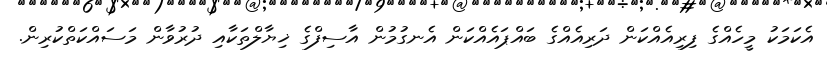
އެކަމަކު މީހެއްގެ ފިރިއެއްކަން ދަރިއެއްގެ ބައްޕައެއްކަން އެނގުމުން އާސިފްގެ ޚިޔާލްތަކާއި ދުރުވާން މަސައްކަތްކުރިން.